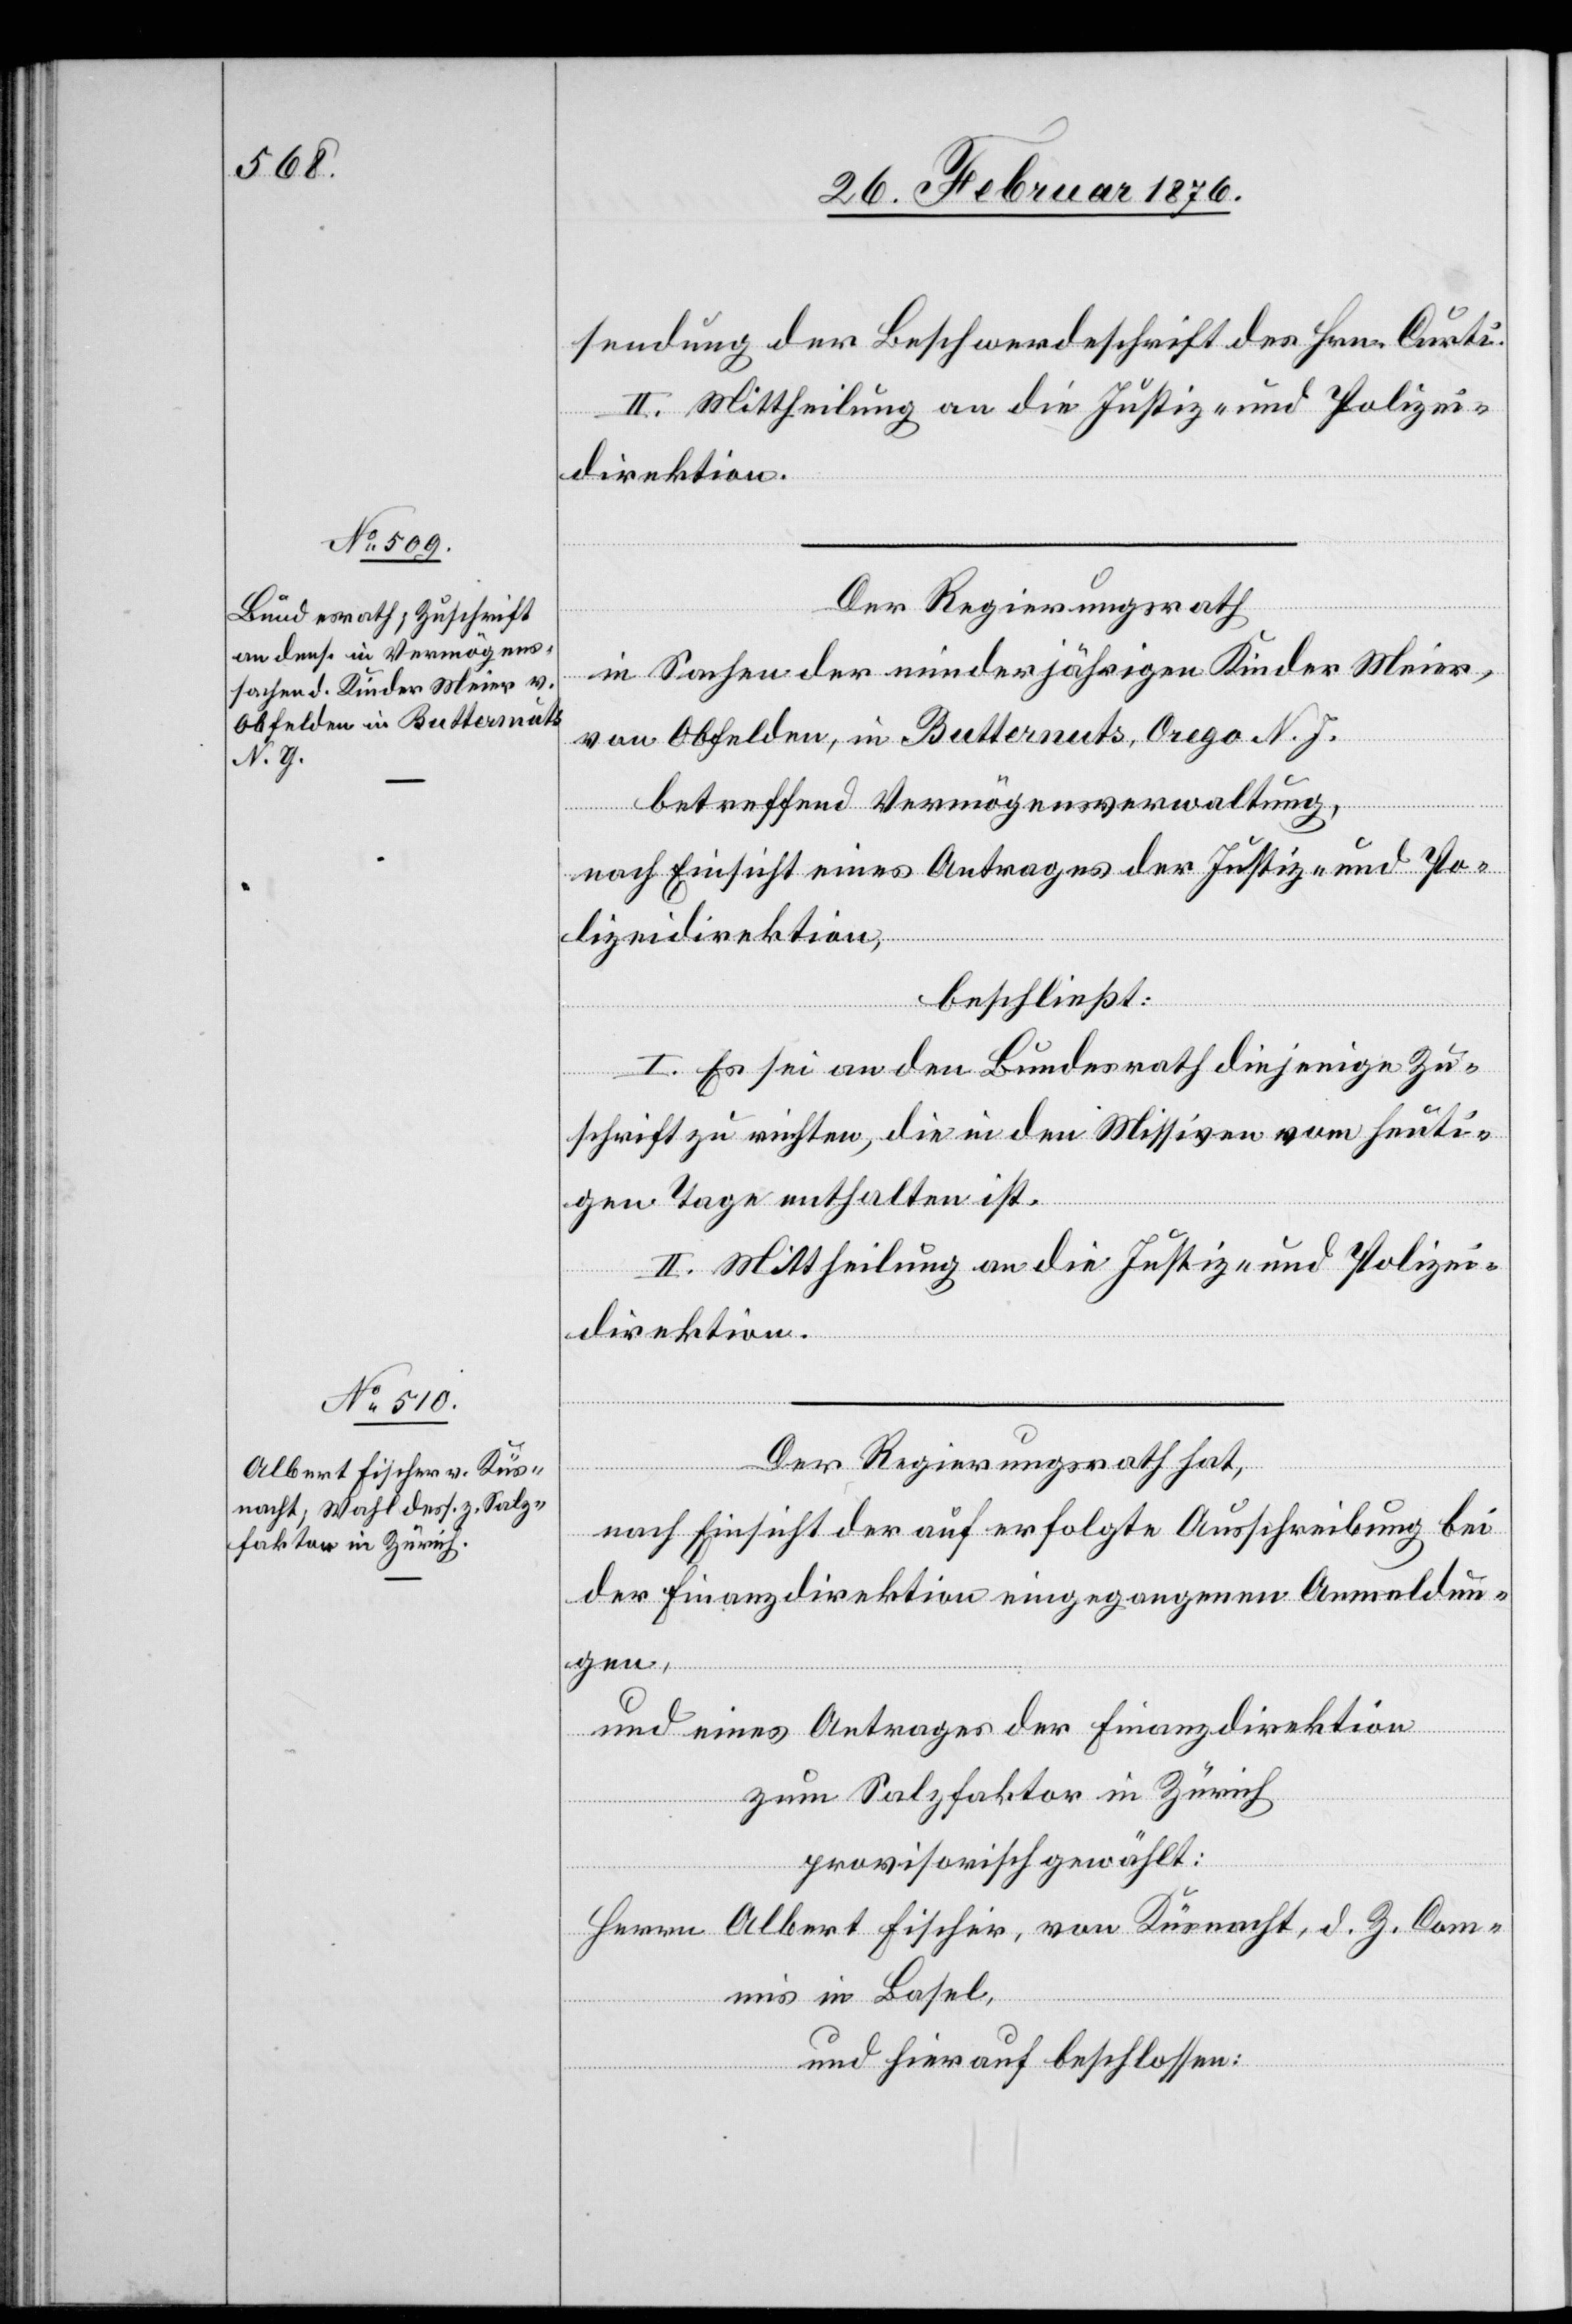
sendung der Beschwerdeschrift des Hrn. Curti.
II. Mittheilung an die Justiz- und Polizei¬
direktion.
Der Regierungsrath
in Sachen der minderjährigen Kinder Meier,
von Obfelden, in Butternuts, Orego N. Y.
betreffend Vermögensverwaltung,
nach Einsicht eines Antrages der Justiz- und Po¬
lizeidirektion,
beschließt:
I. Es sei an den Bundesrath diejenige Zu¬
schrift zu richten, die in den Missiven vom heuti¬
gen Tage enthalten ist.
II. Mittheilung an die Justiz- und Polizei¬
direktion.
Der Regierungsrath hat,
nach Einsicht der auf erfolgte Ausschreibung bei
der Finanzdirektion eingegangenen Anmeldun¬
gen,
und eines Antrages der Finanzdirektion
zum Salzfaktor in Zürich
provisorisch gewählt:
Herrn Albert Fischer, von Küsnacht, d. Z. Com¬
mis in Basel,
und hierauf beschlossen: